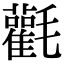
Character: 𣰻